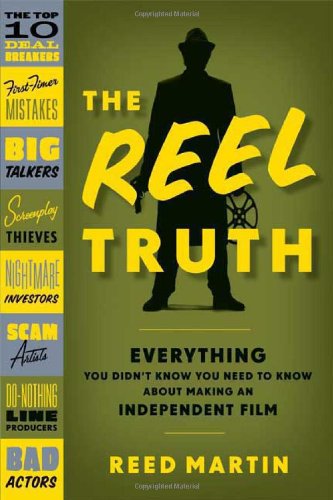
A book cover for The Reel Truth: Everything You Didn't Know You Need to Know About Making an Independent Film; Reed Martin; Business & Money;